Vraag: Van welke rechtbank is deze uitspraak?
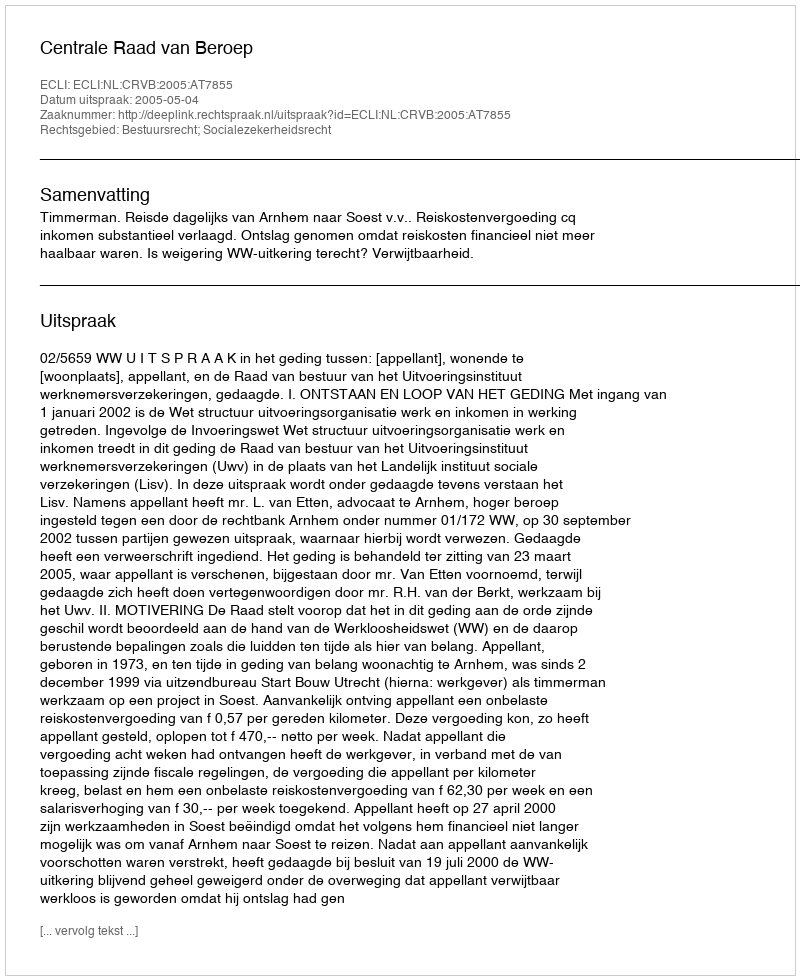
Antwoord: Centrale Raad van Beroep